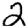
Digit: 2